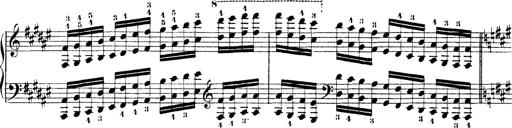
Title: Technische Studien
Composer: Franz Liszt